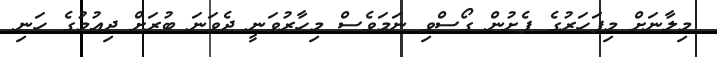
މިލާނަށް މިފަހަރުގެ ފެށުން ގޯސްވި ނަމަވެސް މިހާރުވަނީ ދެވަނަ ބުރަށް ދިއުމުގެ ހަނި